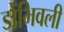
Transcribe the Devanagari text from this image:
डोंभिवली